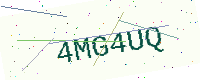
Text: 4MG4UQ